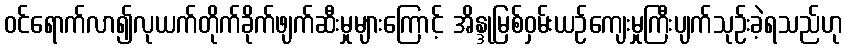
ဝင်ရောက်လာ၍လုယက်တိုက်ခိုက်ဖျက်ဆီးမှုများကြောင့် အိန္ဒုမြစ်ဝှမ်းယဉ်ကျေးမှုကြီးပျက်သုဉ်းခဲ့ရသည်ဟု